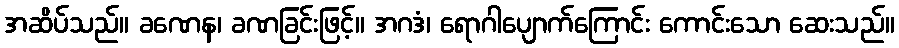
အဆိပ်သည်။ ခဏေန၊ ခဏခြင်းဖြင့်။ အဂဒံ၊ ရောဂါပျောက်ကြောင်း ကောင်းသော ဆေးသည်။